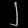
Digit: ၂